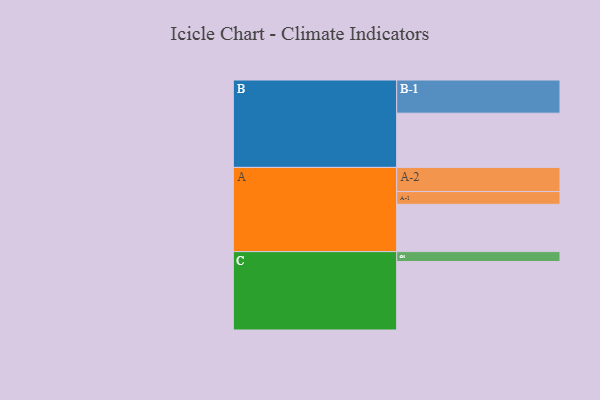
{"axis": {"x": "Segment", "y": "Value"}, "legend": ["", "A", "B", "C"], "data": [{"x": "A", "y": 398, "type": ""}, {"x": "B", "y": 456, "type": ""}, {"x": "C", "y": 576, "type": ""}, {"x": "A-1", "y": 107, "type": "A"}, {"x": "A-2", "y": 203, "type": "A"}, {"x": "B-1", "y": 279, "type": "B"}, {"x": "C-1", "y": 83, "type": "C"}]}